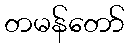
တမန်တော်